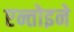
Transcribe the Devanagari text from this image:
एन्तोइने